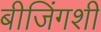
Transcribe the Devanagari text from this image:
बीजिंगशी